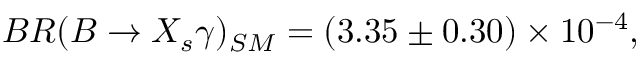
B R ( B \rightarrow X _ { s } \gamma ) _ { S M } = ( 3 . 3 5 \pm 0 . 3 0 ) \times 1 0 ^ { - 4 } ,